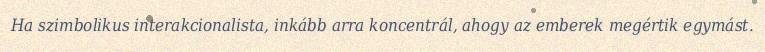
Ha szimbolikus interakcionalista, inkább arra koncentrál, ahogy az emberek megértik egymást.